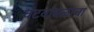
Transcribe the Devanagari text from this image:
वटवाघळाचा